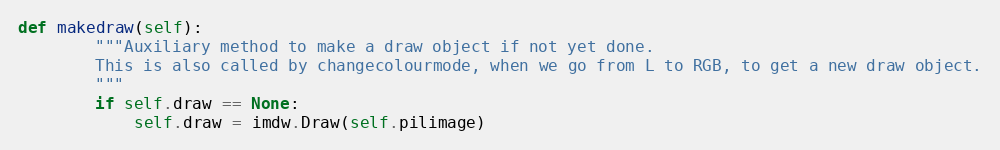
Language: Python
def makedraw(self):
        """Auxiliary method to make a draw object if not yet done.
        This is also called by changecolourmode, when we go from L to RGB, to get a new draw object.
        """
        if self.draw == None:
            self.draw = imdw.Draw(self.pilimage)